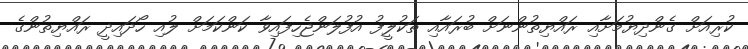
ކުރިއަށް ގެންދިޔުމަށާއި ރައްޔިތުންނަށް ބުރައާއި ތަކުލީފު އުފުލަންޖެހިފައިވާ ކަންކަމަށް ލުއި ހޯދައިދީ ރައްޔިތުންގެ